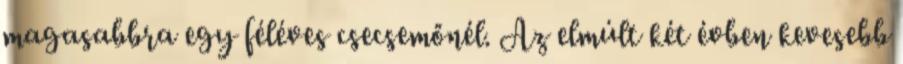
magasabbra egy féléves csecsemőnél. Az elmúlt két évben kevesebb